Civil Veterinary Dept. Bombay admin report 1914-1922 - 1914-1922
Year: 1914
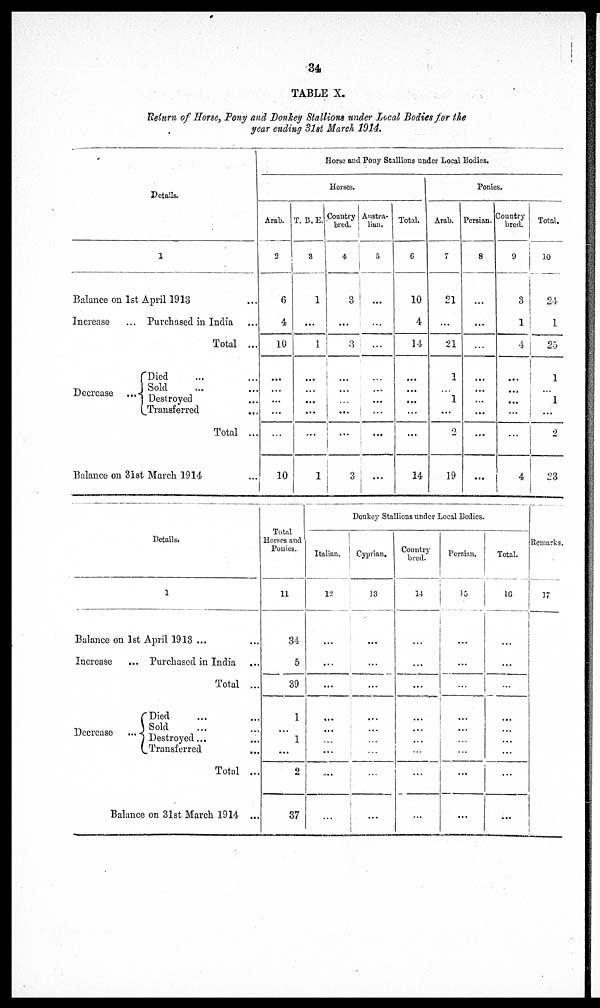
34
TABLE X.
Return of Horse, Pony and Donkey Stallions under Local Bodies for the
year ending 31st March 1914.
Details.
1
Balance on 1st April 1913 ...
Increase
...
Decrease ...
Purchased in India ...
Total ...
Died ... ...
Sold ... ...
Destroyed ...
Transferred ...
Total ...
Balance on 31st March 1914 ...
Horse and Pony Stallions under Local Bodies.
Horses.
Arab.
2
6
4
10
...
...
...
...
10
T. B.E.
3
1
...
1
...
...
...
...
...
1
Country
bred.
4
3
...
3
...
...
...
....
...
3
Austra-
lian.
5
...
...
...
...
...
...
...
...
...
Total.
6
10
4
14
...
...
...
...
...
14
Ponies.
Arab.
7
21
...
21
1
1 ...
...
2
19
Persian.
8
...
...
...
...
...
...
...
...
...
Country
bred.
9
3
1
4
...
...
...
...
...
4
Total.
10
24
1
25
1
...
1
...
2
23
Details.
1
Balance on 1st April 1913 ... ...
Increase
...
Decrease ...
Purchased in India ...
Total ...
Died ... ...
Sold ... ...
Destroyed . . . ...
Transferred ...
Total ...
Balance on 31st March 1914 ...
Total
Horses and
Ponies.
11
34
5
39
1
...
1
...
2
37
Donkey Stallions under Local Bodies.
Italian.
12
...
...
...
...
...
...
...
....
...
Cyprian.
13
...
...
...
...
...
...
...
...
...
Country
bred.
14
...
...
...
...
...
...
...
...
...
Persian.
15
...
...
...
...
...
...
...
...
...
Total.
16
...
...
...
...
...
...
...
...
...
Remarks.
17
...
...
...
...
...
...
...
...